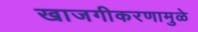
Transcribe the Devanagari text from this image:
खाजगीकरणामुळे